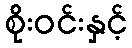
စိုးဝင်းနှင့်